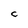
Character: C